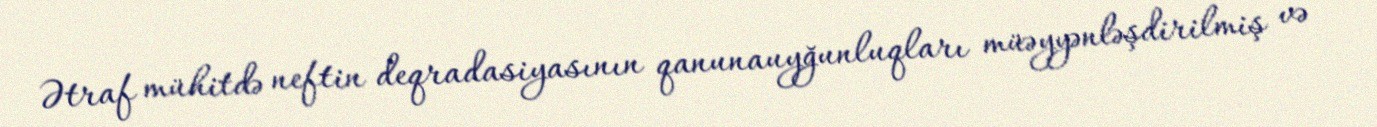
Ətraf mühitdə neftin deqradasiyasının qanunauyğunluqları müəyyənləşdirilmiş və